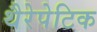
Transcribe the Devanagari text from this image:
थैरेपेटिक